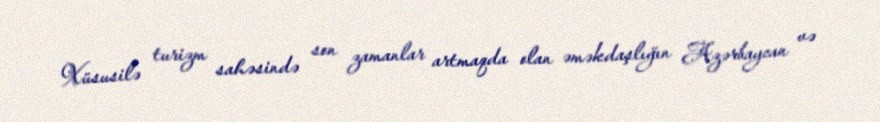
Xüsusilə turizm sahəsində son zamanlar artmaqda olan əməkdaşlığın Azərbaycan və